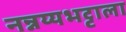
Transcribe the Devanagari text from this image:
नन्नय्यभट्टाला